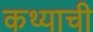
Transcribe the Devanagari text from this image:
कथ्याची